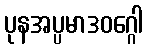
ပုနအပ္ပမာဒဝဂ္ဂေါ